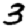
Digit: 3